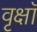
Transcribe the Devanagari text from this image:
वृक्षॉ